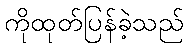
ကိုထုတ်ပြန်ခဲ့သည်